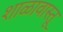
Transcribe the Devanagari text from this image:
शाळावास्तू